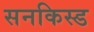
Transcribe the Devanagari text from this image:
सनकिस्ड